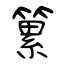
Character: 䉂